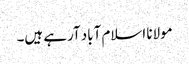
مولانا اسلام آباد آرہے ہیں۔